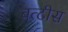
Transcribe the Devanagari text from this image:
बत्टीस